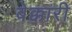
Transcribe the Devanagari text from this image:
बेक्कारी